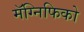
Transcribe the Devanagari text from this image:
मॅग्निफिको